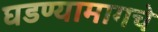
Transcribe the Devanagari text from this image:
घडण्यामागचे